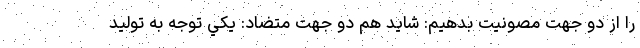
را از دو جهت مصونيت بدهيم: شايد هم دو جهت متضاد: يكي توجه به توليد